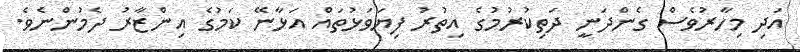
އަދި މިހާރުވެސް ގެންދަނީ ދަތިކުރުމުގެ އިތުރު ފިޔަވަޅުތައް އަޅާނޭ ކަމުގެ އިންޒާރު ދެމުންނެވެ.